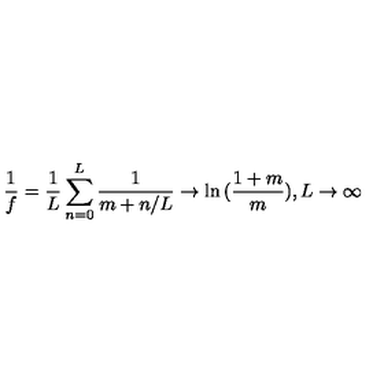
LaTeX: \frac { 1 } { f } = \frac { 1 } { L } \sum _ { n = 0 } ^ { L } \frac { 1 } { m + n / L } \rightarrow \ln { ( \frac { 1 + m } { m } ) } , L \rightarrow \infty